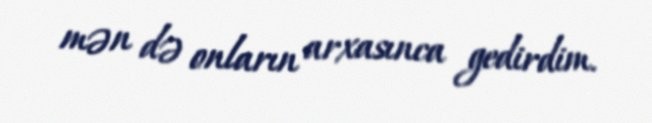
mən də onların arxasınca gedirdim.